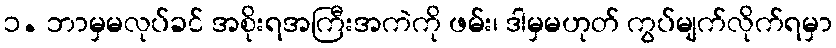
၁. ဘာမှမလုပ်ခင် အစိုးရအကြီးအကဲကို ဖမ်း၊ ဒါမှမဟုတ် ကွပ်မျက်လိုက်ရမှာ